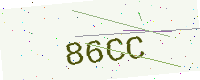
Text: 86CC